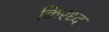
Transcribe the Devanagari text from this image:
किरध्द